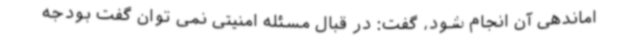
اماندهی آن انجام شود، گفت: در قبال مسئله امنیتی نمی توان گفت بودجه